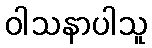
ဝါသနာပါသူ